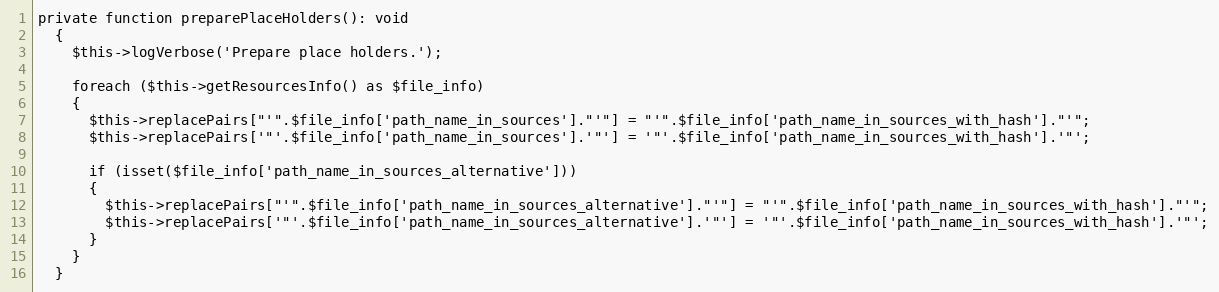
Language: PHP
private function preparePlaceHolders(): void
  {
    $this->logVerbose('Prepare place holders.');

    foreach ($this->getResourcesInfo() as $file_info)
    {
      $this->replacePairs["'".$file_info['path_name_in_sources']."'"] = "'".$file_info['path_name_in_sources_with_hash']."'";
      $this->replacePairs['"'.$file_info['path_name_in_sources'].'"'] = '"'.$file_info['path_name_in_sources_with_hash'].'"';

      if (isset($file_info['path_name_in_sources_alternative']))
      {
        $this->replacePairs["'".$file_info['path_name_in_sources_alternative']."'"] = "'".$file_info['path_name_in_sources_with_hash']."'";
        $this->replacePairs['"'.$file_info['path_name_in_sources_alternative'].'"'] = '"'.$file_info['path_name_in_sources_with_hash'].'"';
      }
    }
  }